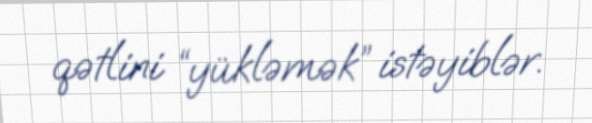
qətlini “yükləmək” istəyiblər.